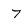
Character: 7